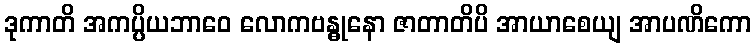
ဒုကာတိ အကပ္ပိယဘာဝေ လောကဗန္ဓုနော ဇာတာတိပိ အာယာစေယျ အာပဏိကော